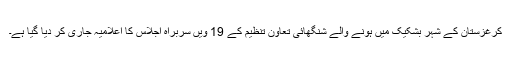
کرغزستان کے شہر بشکیک میں ہونے والے شنگھائی تعاون تنظیم کے 19 ویں سربراہ اجلاس کا اعلامیہ جاری کر دیا گیا ہے۔